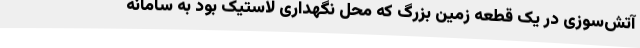
آتش‌سوزی در یک قطعه زمین بزرگ که محل نگهداری لاستیک بود به سامانه